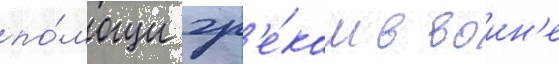
по́мощи гр'е́кам в воин'е